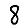
Digit: 8